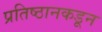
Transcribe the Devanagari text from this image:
प्रतिष्ठानकडून